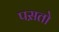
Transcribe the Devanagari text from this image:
पस़तो